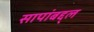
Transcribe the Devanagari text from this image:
सापांबद्द्ल